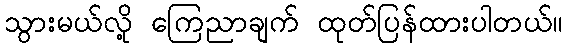
သွားမယ်လို့ ကြေညာချက် ထုတ်ပြန်ထားပါတယ်။